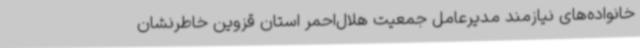
خانواده‌های نیازمند مدیرعامل جمعیت هلال‌احمر استان قزوین خاطرنشان